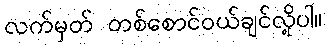
လက်မှတ် တစ်စောင်ဝယ်ချင်လို့ပါ။